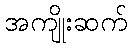
အကျိုးဆက်